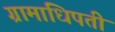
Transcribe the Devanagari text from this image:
ग्रामाधिपती